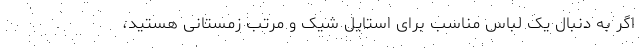
اگر به دنبال یک لباس مناسب برای استایل شیک و مرتب زمستانی هستید،